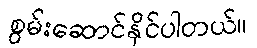
စွမ်းဆောင်နိုင်ပါတယ်။